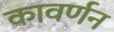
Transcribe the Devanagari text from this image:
कावर्णन